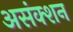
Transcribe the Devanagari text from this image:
असंक्शन